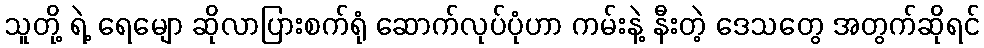
သူတို့ ရဲ့ ရေမျော ဆိုလာပြားစက်ရုံ ဆောက်လုပ်ပုံဟာ ကမ်းနဲ့ နီးတဲ့ ဒေသတွေ အတွက်ဆိုရင်